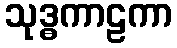
သုဒ္ဓကာဠကာ